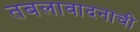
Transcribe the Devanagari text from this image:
तबलावादनाची